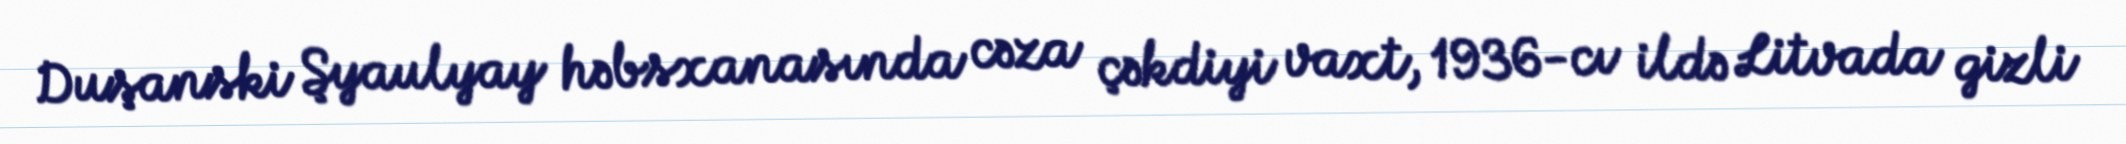
Duşanski Şyaulyay həbsxanasında cəza çəkdiyi vaxt, 1936-cı ildə Litvada gizli